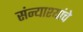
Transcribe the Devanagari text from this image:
संन्याश्यांचे